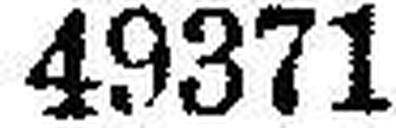
49371